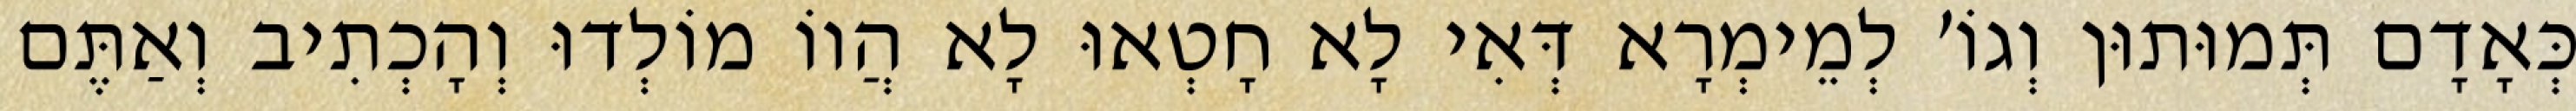
כְּאָדָם תְּמוּתוּן וְגוֹ׳ לְמֵימְרָא דְּאִי לָא חָטְאוּ לָא הֲווֹ מוֹלְדוּ וְהָכְתִיב וְאַתֶּם